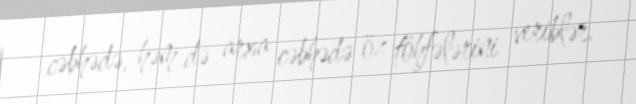
cəbhədə, həm də arxa cəbhədə öz töhfələrini veriblər.